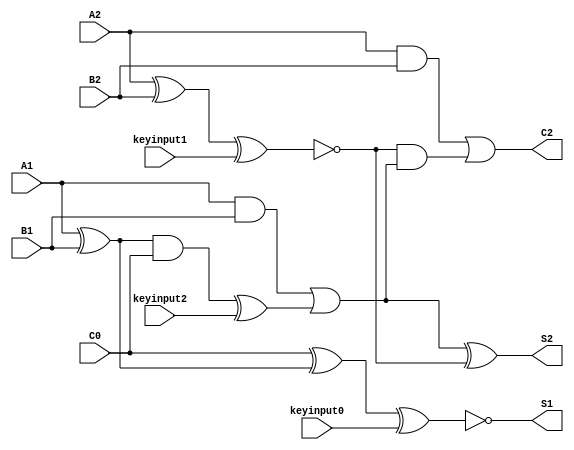
// Verilog File 
module rcav (S1,S2,C2,A1,A2,B1,B2,C0,keyinput0, keyinput1,keyinput2);

input A1,A2,B1,B2,C0,keyinput0, keyinput1, keyinput2;

output S1, S2, C2;

wire x1, and1, and2, C1, x2, and3, and4, xenc0, xenc1, xenc2;

xor g0(x1, A1, B1);
xor g1(xenc0, C0, x1);
and g2(and1, A1, B1);
and g3(and2, x1, C0);
or g4(C1, and1, xenc2);
xor g5(x2, A2, B2);
xor g6(S2, C1, xenc1);
and g7(and3, A2, B2);
and g8(and4, xenc1, C1);
or g9(C2, and3, and4);
xnor encXNOR_25(S1, xenc0, keyinput0);
xnor encXNOR_28(xenc1, x2, keyinput1);
xor encXOR_31(xenc2, and2, keyinput2);
endmodule